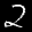
Label: 2